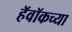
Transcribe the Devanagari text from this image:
हॅवॉकच्या